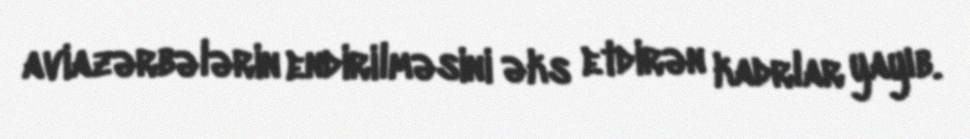
aviazərbələrin endirilməsini əks etdirən kadrlar yayıb.